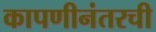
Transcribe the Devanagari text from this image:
कापणीनंतरची